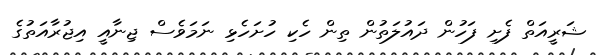
ޝަރީއަތް ފެށި ފަހުން ދައުލަތުން ތިން ހެކި ހުށަހެޅި ނަމަވެސް ޖިނާއީ އިޖުރާއަތުގެ